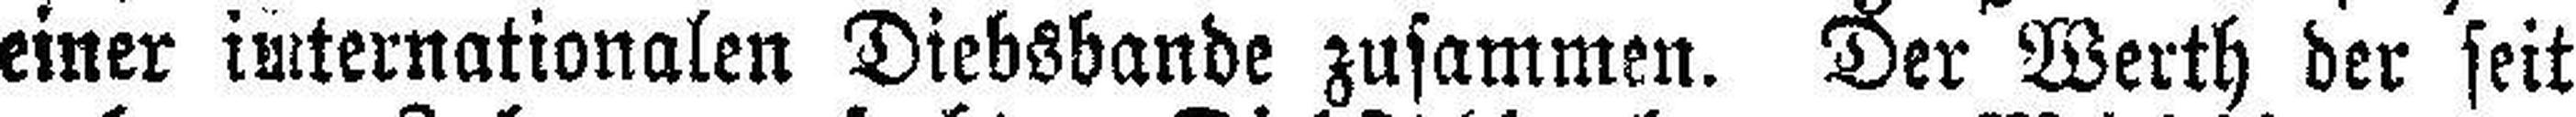
einer internationalen Diebsbande zusammen. Der Werth der seit